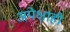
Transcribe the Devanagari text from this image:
अपेक्षाही